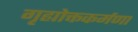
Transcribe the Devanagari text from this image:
गृह्योक्तकर्मणा